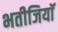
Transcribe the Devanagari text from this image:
भतीजियाॅ